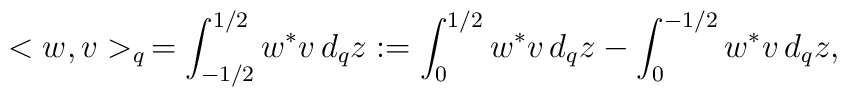
<w,v>_q\,=\int^{1/2}_{-1/2}w^* v \,d_qz:= \int^{1/2}_0w^* v \,d_qz-\int^{-1/2}_0w^* v \,d_qz,